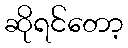
ဆိုရင်တော့